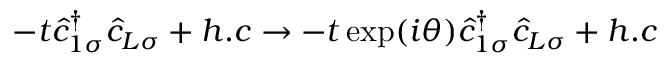
- t \hat { c } _ { 1 \sigma } ^ { \dagger } \hat { c } _ { L \sigma } + h . c \rightarrow - t \exp ( i \theta ) \hat { c } _ { 1 \sigma } ^ { \dagger } \hat { c } _ { L \sigma } + h . c